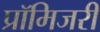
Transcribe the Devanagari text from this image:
प्रॉमिजरी